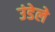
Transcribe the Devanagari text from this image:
उंडेले